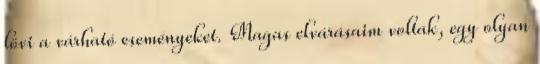
lövi a várható eseményeket. Magas elvárásaim voltak, egy olyan